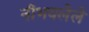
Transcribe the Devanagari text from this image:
नीभवलेले